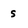
Character: s